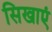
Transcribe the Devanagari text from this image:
सिखाएं